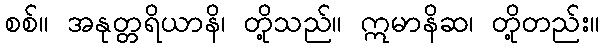
စစ်။ အနုတ္တရိယာနိ၊ တို့သည်။ ဣမာနိဆ၊ တို့တည်း။